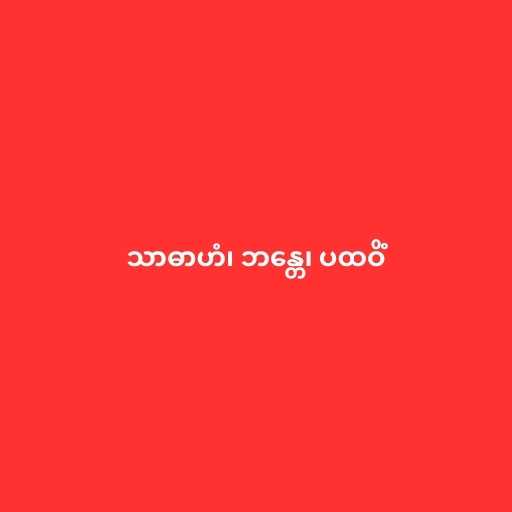
သာဓာဟံ၊ ဘန္တေ၊ ပထဝိံ